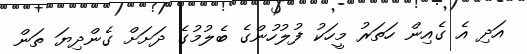
އަދި އެ ގެއިން ހަތަރު މީހަކު ފުލުހުންގެ ބެލުމުގެ ދަށަށް ގެންދިޔަ ތަން